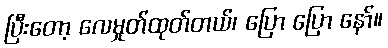
ပြီးတော့ လေမှုတ်ထုတ်တယ်၊ ပြော ပြော နော်။